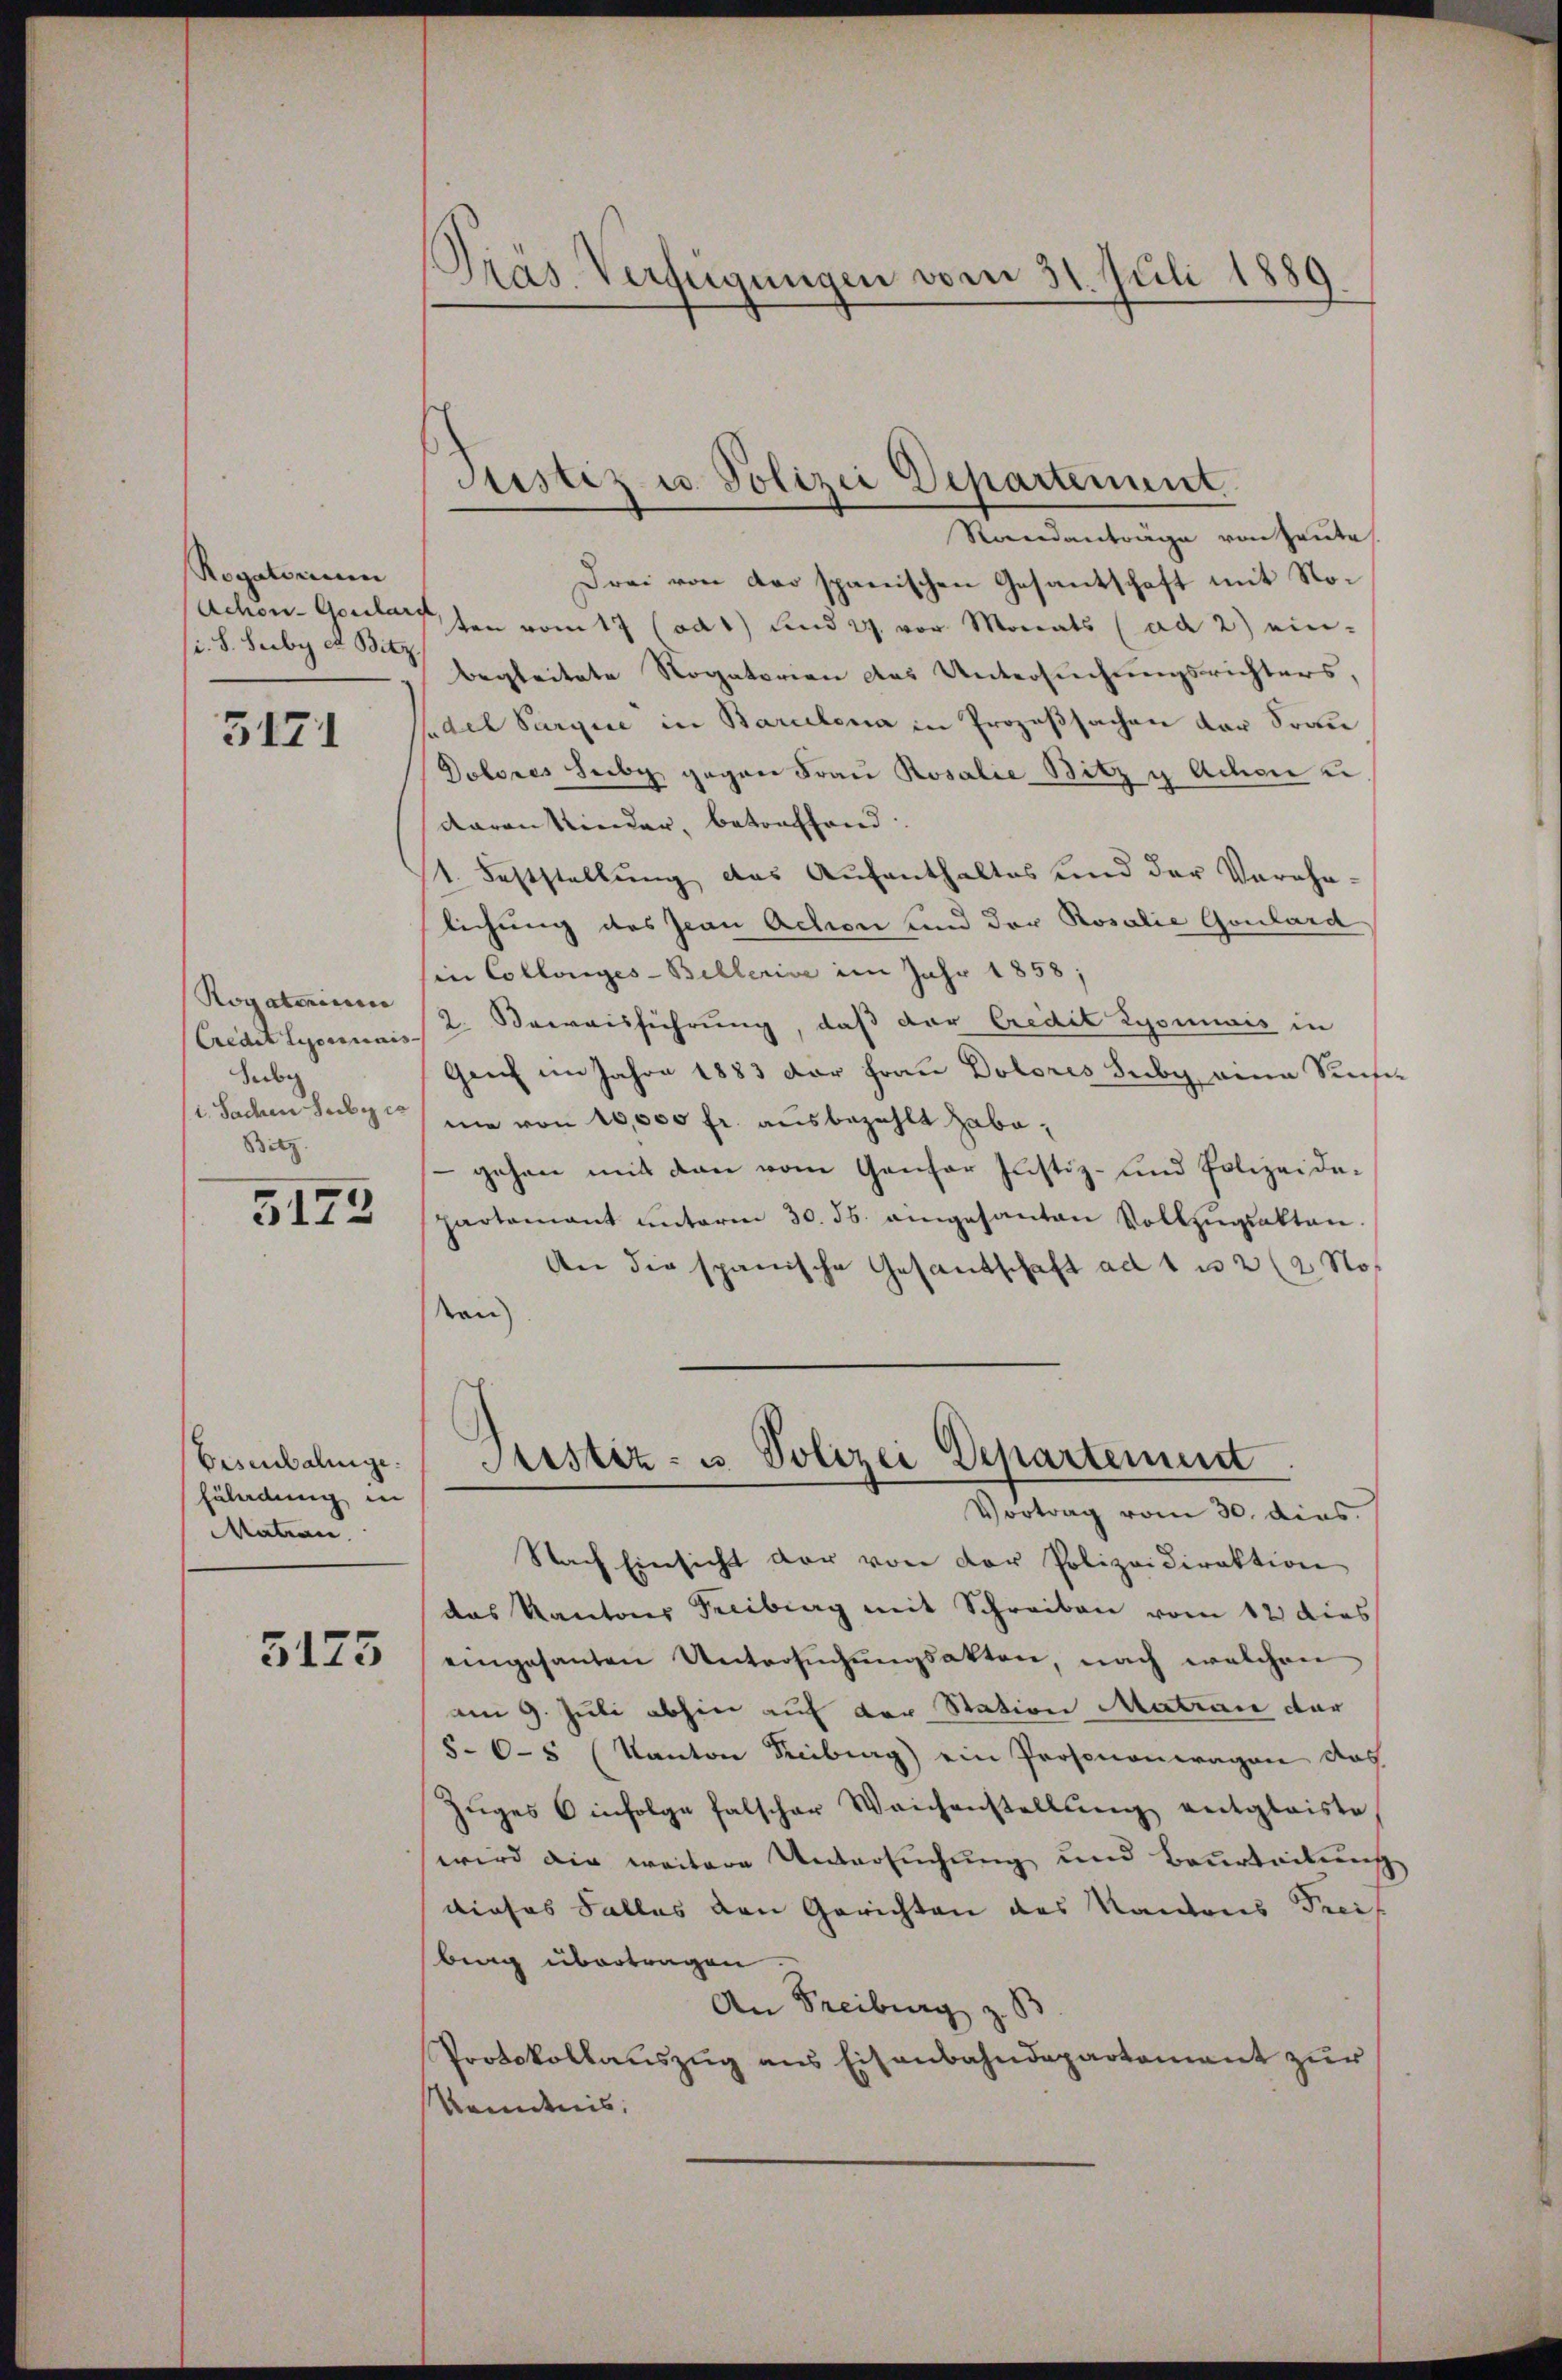
Rogatorium
i. S. Leibe et Betz

5171

Credit Lisoriminis- |
Sebe
l. Sachen Subi co
Bitz.

3173

Vesentalinge.
füladung in
Matron

3175

PPräs. Verfügungen vom 31. Juli 1889

Drei von der spanischen Gesantschaft mit No¬
Achen Gesele, son vom 17 (ad 1) und 29. vor Monats (ad 2) einbegleitete Rogatorien des Untersuchungsrichters,
sadel Sargie in Barcelena in Prozeßsachen der Frau
Dotores Seiby gegen Frau Rosalie Bitz u Achen u
daran Kinder, betreffend
1. Feststellung das Aufenthaltes und der Verehe-
lichung des Jean Achen und der Rosalie Goulard
in Collenges-Billerive im Jahr 1858;
Rogatorenen (z. Beweisführung, daß der Credit Lyonnais in
Gruch im Jahre 1883 der Frau Dolores Suby eine Seife
nie von 10,000 fr. ausbezahlt habe,
gehen mit den vom Genfer Justiz- und Polizei dapartamant ŭnterm 30. ds. eingesanten Vollzŭgsakten.
An die spanische Gesandschaft ad 1 u 2 (2. No
kan

Justiz u. Polizei Departement
Standanträge von Heute

Nach Einsicht der von der Polizeidirektion
das Kantons Freibung mit Schreiben vom 12 dies
eingesanten Untersuchungsakten, nach welchen
am 9. Juli abhin auf der Station Matra der
5-6-5 (Kanton Freiburg) ein Prosenonwagen das
Zŭges infolge falscher Weichenstellŭng entgleiste.
wird die weitere Untersuchung und Beurteilung
dieses Falles den Gerichten des Kantons Preis
birg übertragen.
An Freiburg
Protokollauszug aus Eisenbahndepartement zur
Kemdnis.

Austiz- u. Polizei Departement
Vortrag vom 30. dies